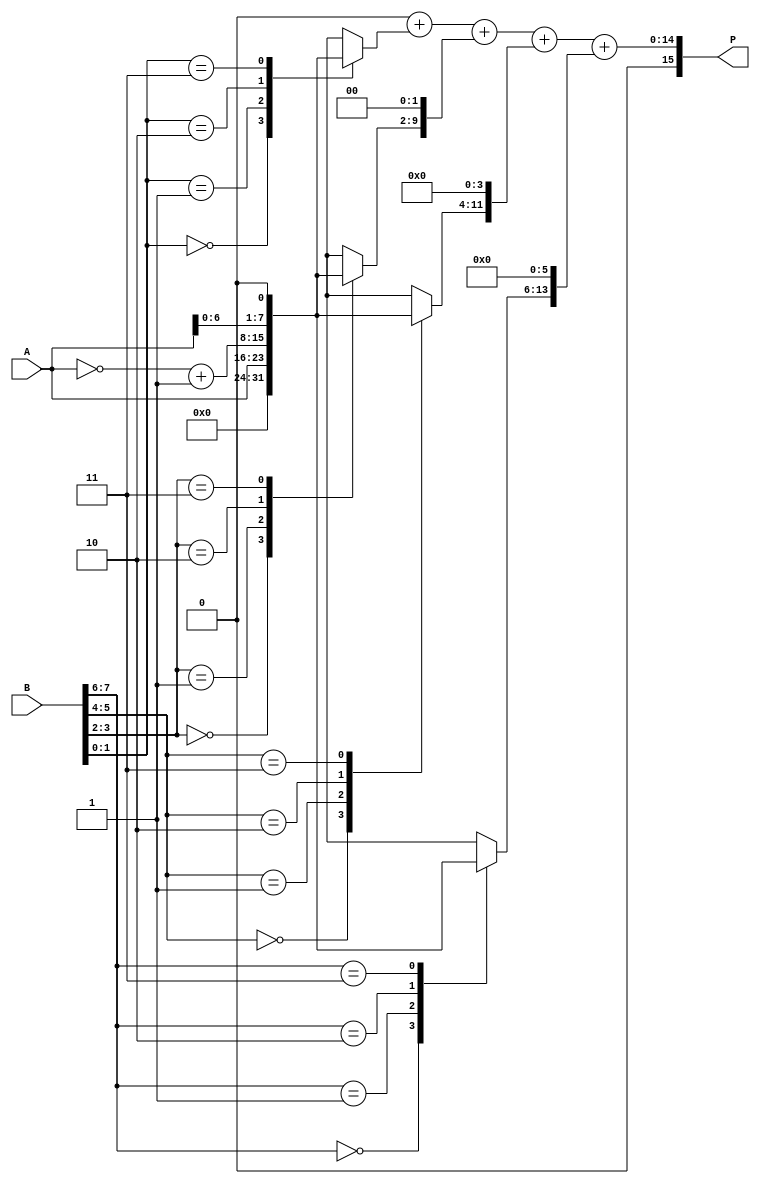
module radix4_multiplier #(parameter N = 8) (
    input  wire [N-1:0] A, // Multiplicand
    input  wire [N-1:0] B, // Multiplier
    output reg [2*N-1:0] P // Product
);

    reg [N-1:0] pp [0:3]; // Partial products
    reg [N:0] B_reg; // Register for the multiplier with an extra bit for Booth's algorithm
    integer i;

    always @(*) begin
        // Initialize product to zero
        P = 0;
        
        // Extend B for Booth's algorithm
        B_reg = {1'b0, B}; // Add an extra bit to the left for the previous bit
        
        // Generate partial products based on Booth's encoding
        for (i = 0; i < N; i = i + 2) begin
            case (B_reg[i+1:i])
                2'b00: pp[0] = 0; // No partial product
                2'b01: pp[0] = A; // Partial product is A
                2'b10: pp[0] = ~A + 1; // Partial product is -A (two's complement)
                2'b11: pp[0] = A << 1; // Partial product is 2A
                default: pp[0] = 0;
            endcase
            
            // Shift the partial product according to its position
            P = P + (pp[0] << i);
        end
    end

endmodule